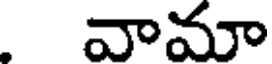
వామా